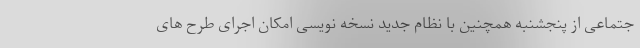
جتماعی از پنجشنبه همچنین با نظام جدید نسخه نویسی امکان اجرای طرح های